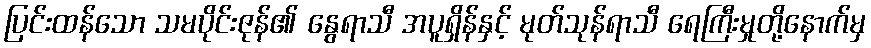
ပြင်းထန်သော သမပိုင်းဇုန်၏ နွေရာသီ အပူရှိန်နှင့် မုတ်သုန်ရာသီ ရေကြီးမှုတို့နောက်မှ